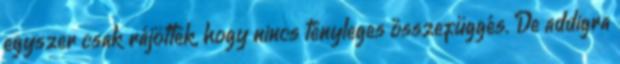
egyszer csak rájöttek, hogy nincs tényleges összefüggés. De addigra